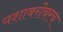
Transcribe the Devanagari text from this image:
यशाबरोबरच